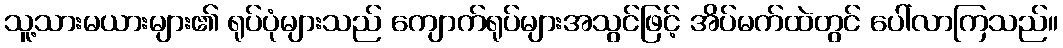
သူ့သားမယားများ၏ ရုပ်ပုံများသည် ကျောက်ရုပ်များအသွင်ဖြင့် အိပ်မက်ထဲတွင် ပေါ်လာကြသည်။